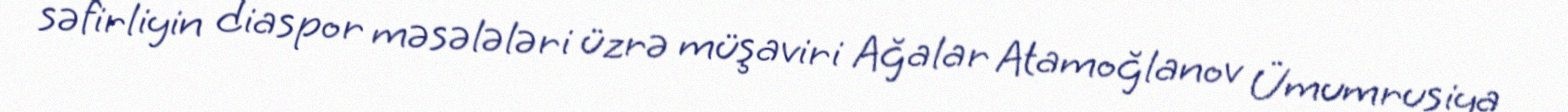
səfirliyin diaspor məsələləri üzrə müşaviri Ağalar Atamoğlanov Ümumrusiya